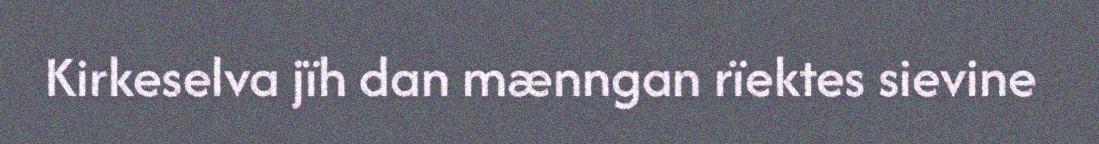
Kirkeselva jïh dan mænngan rïektes sievine